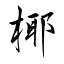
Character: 椰